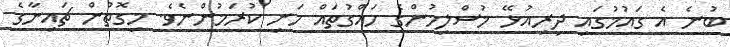
ބުނެ އެ ގައުމުގައި ދިރިއުޅޭ މުސްލިމުންގެ ހައްގުތައް ހަނި ކުރަމުންނެވެ. މިގޮތުން ޗައިނާގެ